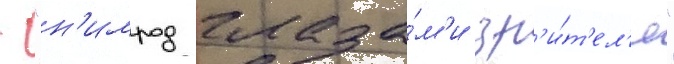
- "н'имрод глаза́м'и зр'и́т'ел'я"